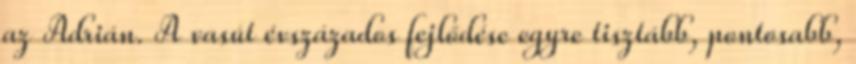
az Adrián. A vasút évszázados fejlődése egyre tisztább, pontosabb,